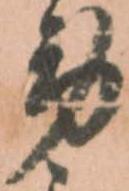
労